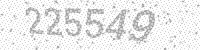
Solution: 225549